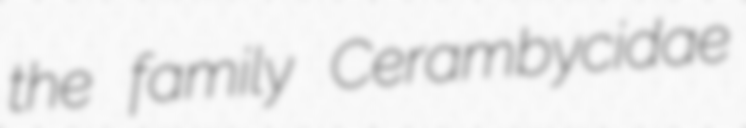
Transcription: the family Cerambycidae